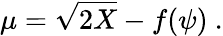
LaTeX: \mu=\sqrt{2X}-f(\psi)~.